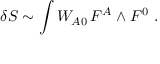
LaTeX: \delta S \sim \int W _ { A 0 } \, F ^ { A } \wedge F ^ { 0 } \ .